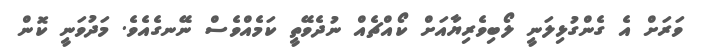
ވަރަށް އެ ގެންގުޅިލަނީ ލޯބިވެރިޔާއަށް ކޯއްޗެއް ނުދެވޭތީ ކަމެއްވެސް ނޭނގެއެވެ. މަދުވަނީ ކޮން